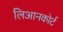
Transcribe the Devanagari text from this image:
लिआनकोर्ट